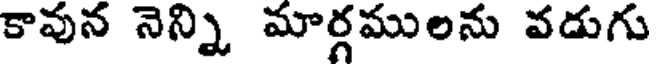
కావున నెన్ని మార్గములను వడుగు